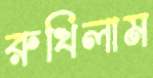
রুখিলাম